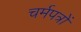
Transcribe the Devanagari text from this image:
चर्मपत्रों